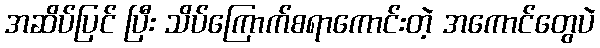
အဆိပ်ပြင် ပြီး သိပ်ကြောက်စရာကောင်းတဲ့ အကောင်တွေပဲ